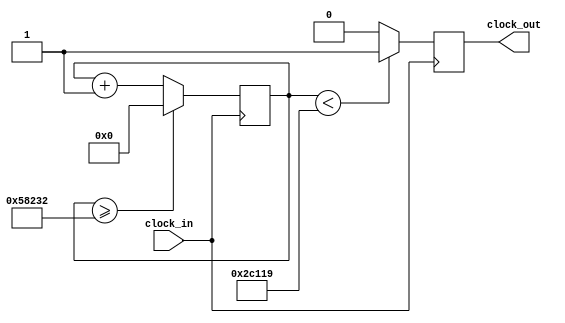
`timescale 1ns / 1ps
//////////////////////////////////////////////////////////////////////////////////
// Company: 
// Engineer: 
// 
// Design Name: 
// Module Name:    do_sos 
// Project Name: 
// Target Devices: 
// Tool versions: 
// Description: 
//
// Dependencies: 
//
// Revision: 
// Revision 0.01 - File Created
// Additional Comments: 
//
//////////////////////////////////////////////////////////////////////////////////
module do_sos (input clock_in, output reg clock_out);

reg [27:0]  counter = 28'd0;
parameter DIVISOR = 28'd361011;
always @(posedge clock_in)
begin
counter <= counter + 28'd1;
if (counter >=(DIVISOR-1))
counter <= 28'd0;
clock_out <= (counter<DIVISOR/2)?1'b1:1'b0;

end

endmodule